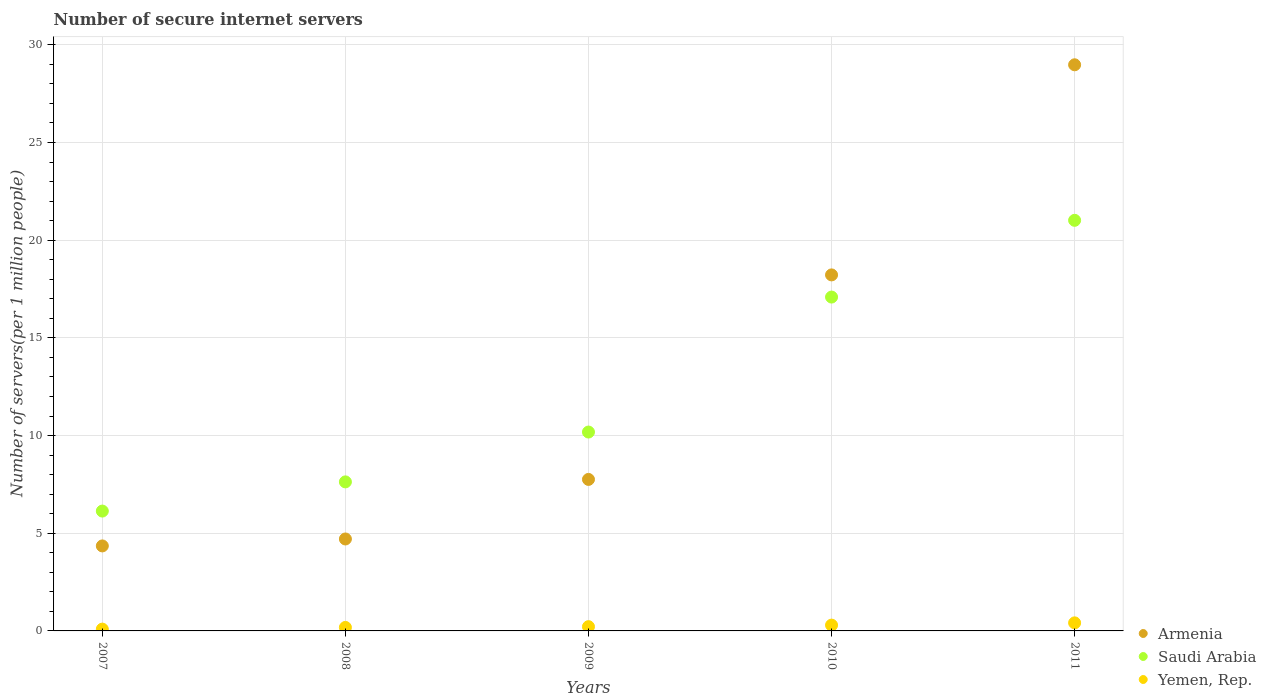
| Years | Armenia | Saudi Arabia | Yemen, Rep. |
 | --- | --- | --- | --- |
 | 2007 | 4.35 | 6.13 | 0.0922 |
 | 2008 | 4.71 | 7.63 | 0.179 |
 | 2009 | 7.75 | 10.2 | 0.218 |
 | 2010 | 18.2 | 17.1 | 0.297 |
 | 2011 | 29 | 21 | 0.413 |